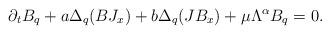
LaTeX: \begin{align*}\partial_t B_q+a\Delta_q(BJ_x)+b\Delta_q(JB_x)+\mu\Lambda^\alpha B_q=0.\end{align*}